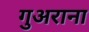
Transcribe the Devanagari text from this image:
गुअराना